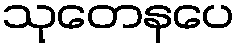
သုတေနပေ